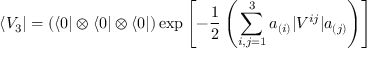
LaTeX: \langle V _ { 3 } | = ( \langle 0 | \otimes \langle 0 | \otimes \langle 0 | ) \exp \left[ - \frac { 1 } { 2 } \left( \sum _ { i , j = 1 } ^ { 3 } a _ { ( i ) } | V ^ { i j } | a _ { ( j ) } \right) \right]